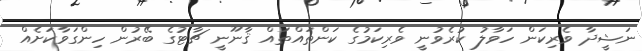
ނަޝީދާ ވެރިކަން ހަވާލު ކުރެވުނީ ވެރިކަމުގެ ކަންތައްތައް ޤާނޫނީ ޗާޓުގެ ބޭރުން ހިންގަވާކަށެއް